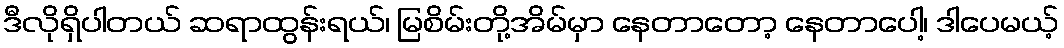
ဒီလိုရှိပါတယ် ဆရာထွန်းရယ်၊ မြစိမ်းတို့အိမ်မှာ နေတာတော့ နေတာပေါ့၊ ဒါပေမယ့်